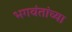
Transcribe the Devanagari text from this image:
भगवंतांच्या